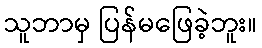
သူဘာမှ ပြန်မဖြေခဲ့ဘူး။